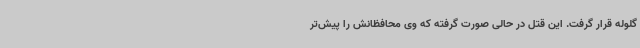
گلوله قرار گرفت. این قتل در حالی صورت گرفته که وی محافظانش را پیش‌تر